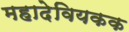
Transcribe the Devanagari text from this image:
महादेवियकक